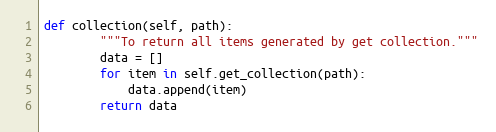
Language: Python
def collection(self, path):
        """To return all items generated by get collection."""
        data = []
        for item in self.get_collection(path):
            data.append(item)
        return data